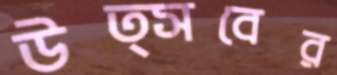
উত্সবের